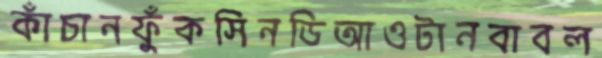
কাঁচানফুঁকসিনডিআওটানবাবল